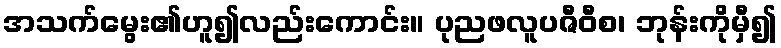
အသက်မွေး၏ဟူ၍လည်းကောင်း။ ပုညဖလူပဇီဝီစ၊ ဘုန်းကိုမှီ၍